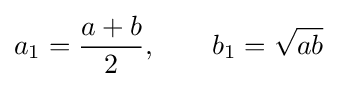
a_{1}={\frac {a+b}{2}},\qquad b_{1}={\sqrt {ab}}